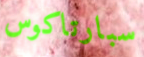
سبارتاكوس